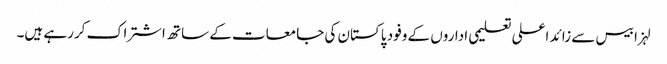
لہزا بیس سے زائد اعلی تعلیمی اداروں کے وفود پاکستان کی جامعات کے ساتھ اشتراک کررہے ہیں۔